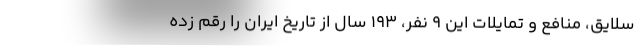
سلایق، منافع و تمایلات این 9 نفر، 193 سال از تاریخ ایران را رقم زده